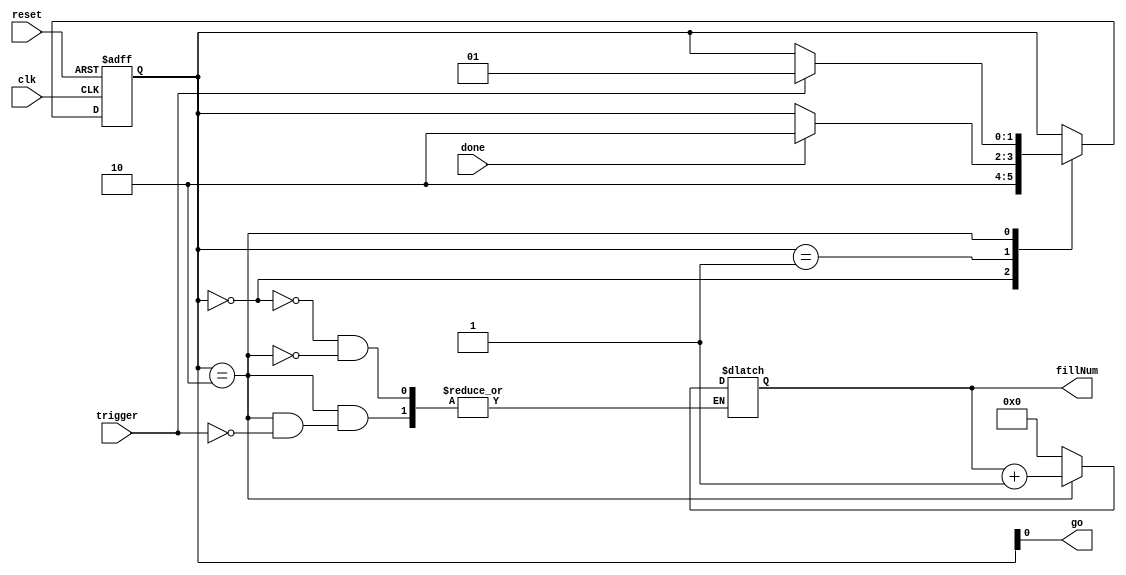

// Created by fizzim.pl version 4.42 on 2014:04:17 at 13:07:14 (www.fizzim.com)

module triggerManager (
  output reg [7:0] fillNum,
  output wire go,
  input wire clk,
  input wire done,
  input wire reset,
  input wire trigger 
);
  
  // state bits
  parameter 
  RESET = 2'b00, // extra=0 go=0 
  FILL  = 2'b01, // extra=0 go=1 
  IDLE  = 2'b10; // extra=1 go=0 
  
  reg [1:0] state;
  reg [1:0] nextstate;
  
  // comb always block
  always @* begin
    nextstate = state; // default to hold value because implied_loopback is set
    fillNum[7:0] = fillNum[7:0]; // default
    case (state)
      RESET: begin
        // Warning C7: Combinational output fillNum[7:0] is assigned on transitions, but has a non-default value "0" in state RESET 
        fillNum[7:0] = 0;
        begin
          nextstate = IDLE;
        end
      end
      FILL : begin
        if (done) begin
          nextstate = IDLE;
        end
      end
      IDLE : begin
        if (trigger) begin
          nextstate = FILL;
          fillNum[7:0] = fillNum[7:0]+1;
        end
      end
    endcase
  end
  
  // Assign reg'd outputs to state bits
  assign go = state[0];
  
  // sequential always block
  always @(posedge clk or negedge reset) begin
    if (!reset)
      state <= RESET;
    else
      state <= nextstate;
  end
  
  // This code allows you to see state names in simulation
  `ifndef SYNTHESIS
  reg [39:0] statename;
  always @* begin
    case (state)
      RESET:
        statename = "RESET";
      FILL :
        statename = "FILL";
      IDLE :
        statename = "IDLE";
      default:
        statename = "XXXXX";
    endcase
  end
  `endif

endmodule